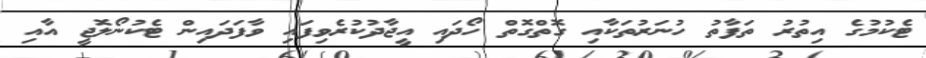
ޓެކުމުގެ އިތުރު ތަފާތު ހުނަރުތަކާއި ގޮތްގޮތް ހޯދައި އީޖާދުކުރެވިފައި ވާފަދައިން ޓެކުނޯލޮޖީ އާއި